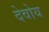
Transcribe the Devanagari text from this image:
देवोय